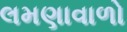
લમણાવાળો